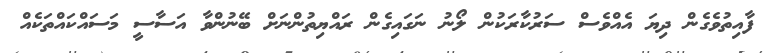
ފާއިތުވެގެން ދިޔަ އެއްވެސް ސަރުކާރަކުން ލޯނު ނަގައިގެން ރައްޔިތުންނަށް ބޭނުންވާ އަސާސީ މަސައްކައްތަކެއް